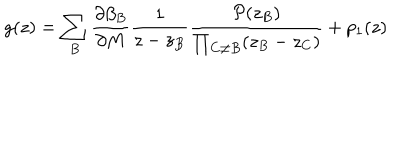
LaTeX: g ( z ) = \sum _ { B } \frac { \partial \beta _ { B } } { \partial M } \frac { 1 } { z - z _ { B } } \frac { { \cal P } ( z _ { B } ) } { \prod _ { C \neq B } ( z _ { B } - z _ { C } ) } + p _ { 1 } ( z )